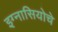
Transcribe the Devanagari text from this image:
इग्नासियोचे